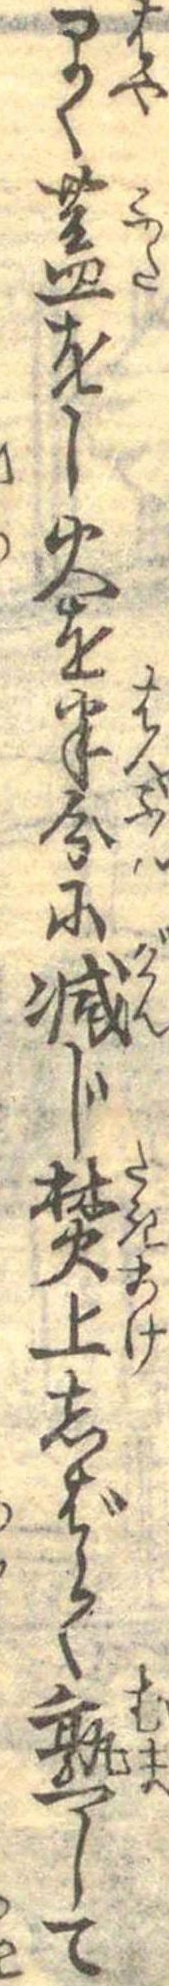
早く蓋をし火を半分に減じ焚上しばらく熟して